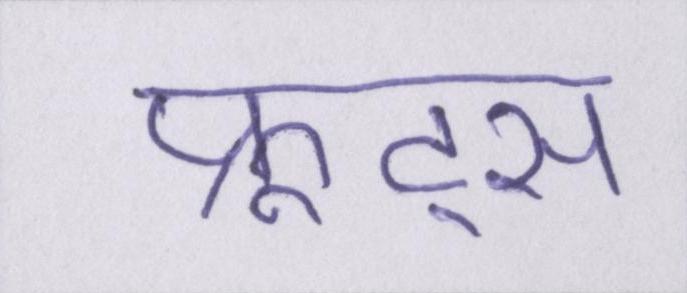
फ्रूट्स